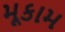
મૂકામ